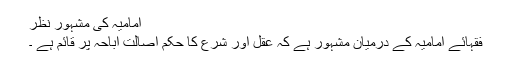
امامیہ کی مشہور نظر
فقہائے امامیہ کے درمیان مشہور ہے کہ عقل اور شرع کا حکم اصالت اباحہ پر قائم ہے ۔